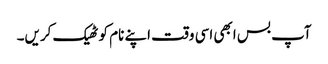
آپ بس ابھی اسی وقت اپنے نام کو ٹھیک کریں۔